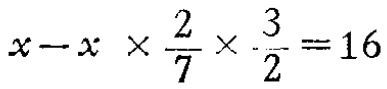
$x - x\times\frac{2}{7}\times\frac{3}{2} = 16$